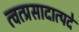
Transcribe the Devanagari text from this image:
त्वत्प्रसादात्पदे